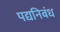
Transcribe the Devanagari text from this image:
पद्यनिबंध